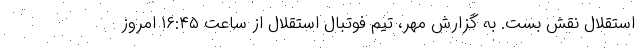
استقلال نقش بست. به گزارش مهر، تیم فوتبال استقلال از ساعت ۱۶:۴۵ امروز